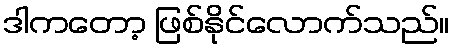
ဒါကတော့ ဖြစ်နိုင်လောက်သည်။